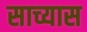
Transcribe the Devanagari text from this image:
साच्यास